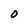
Character: 0